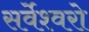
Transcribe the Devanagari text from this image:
सर्वेश्वरो